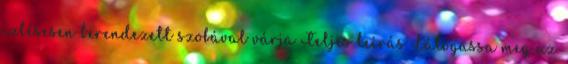
ízlésesen berendezett szobával várja Teljes leírás Látogassa meg az